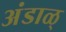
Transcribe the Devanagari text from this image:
अंडाळ्